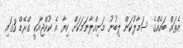
އެތައް ބައެއްގެ ސަމާލުކަން ލިބުނު މަނިއްލާނަމަކަށް ކިޔާ އެ ކުއްޖާއަކީ ގްރޭޑް 3ގައި